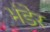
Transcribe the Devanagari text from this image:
भंडेर